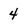
Character: 4